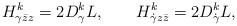
LaTeX: \begin{align*}H^k_{\gamma \bar z z} = 2 D^k_\gamma L, \qquad H^k_{\dot\gamma z \bar z} = 2 D^k_{\dot\gamma} L,\end{align*}